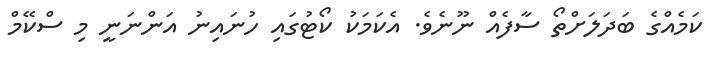
ކަމެއްގެ ބަދަލަށްތޯ ސާފެއް ނޫނެވެ. އެކަމަކު ކޯޓުގައި ހުނައިނު އަންނަނީ މި ސްކޭމް